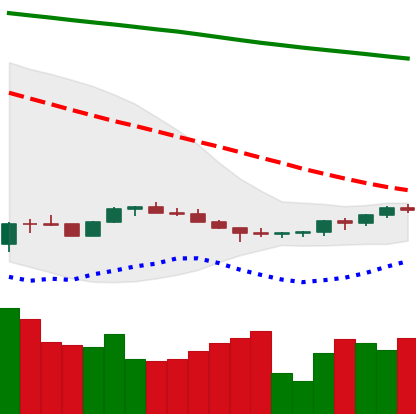
Ticker: ETH-USD
Chart end date: 2022-07-08
Forward return: -8.91%
Label: down_7plus